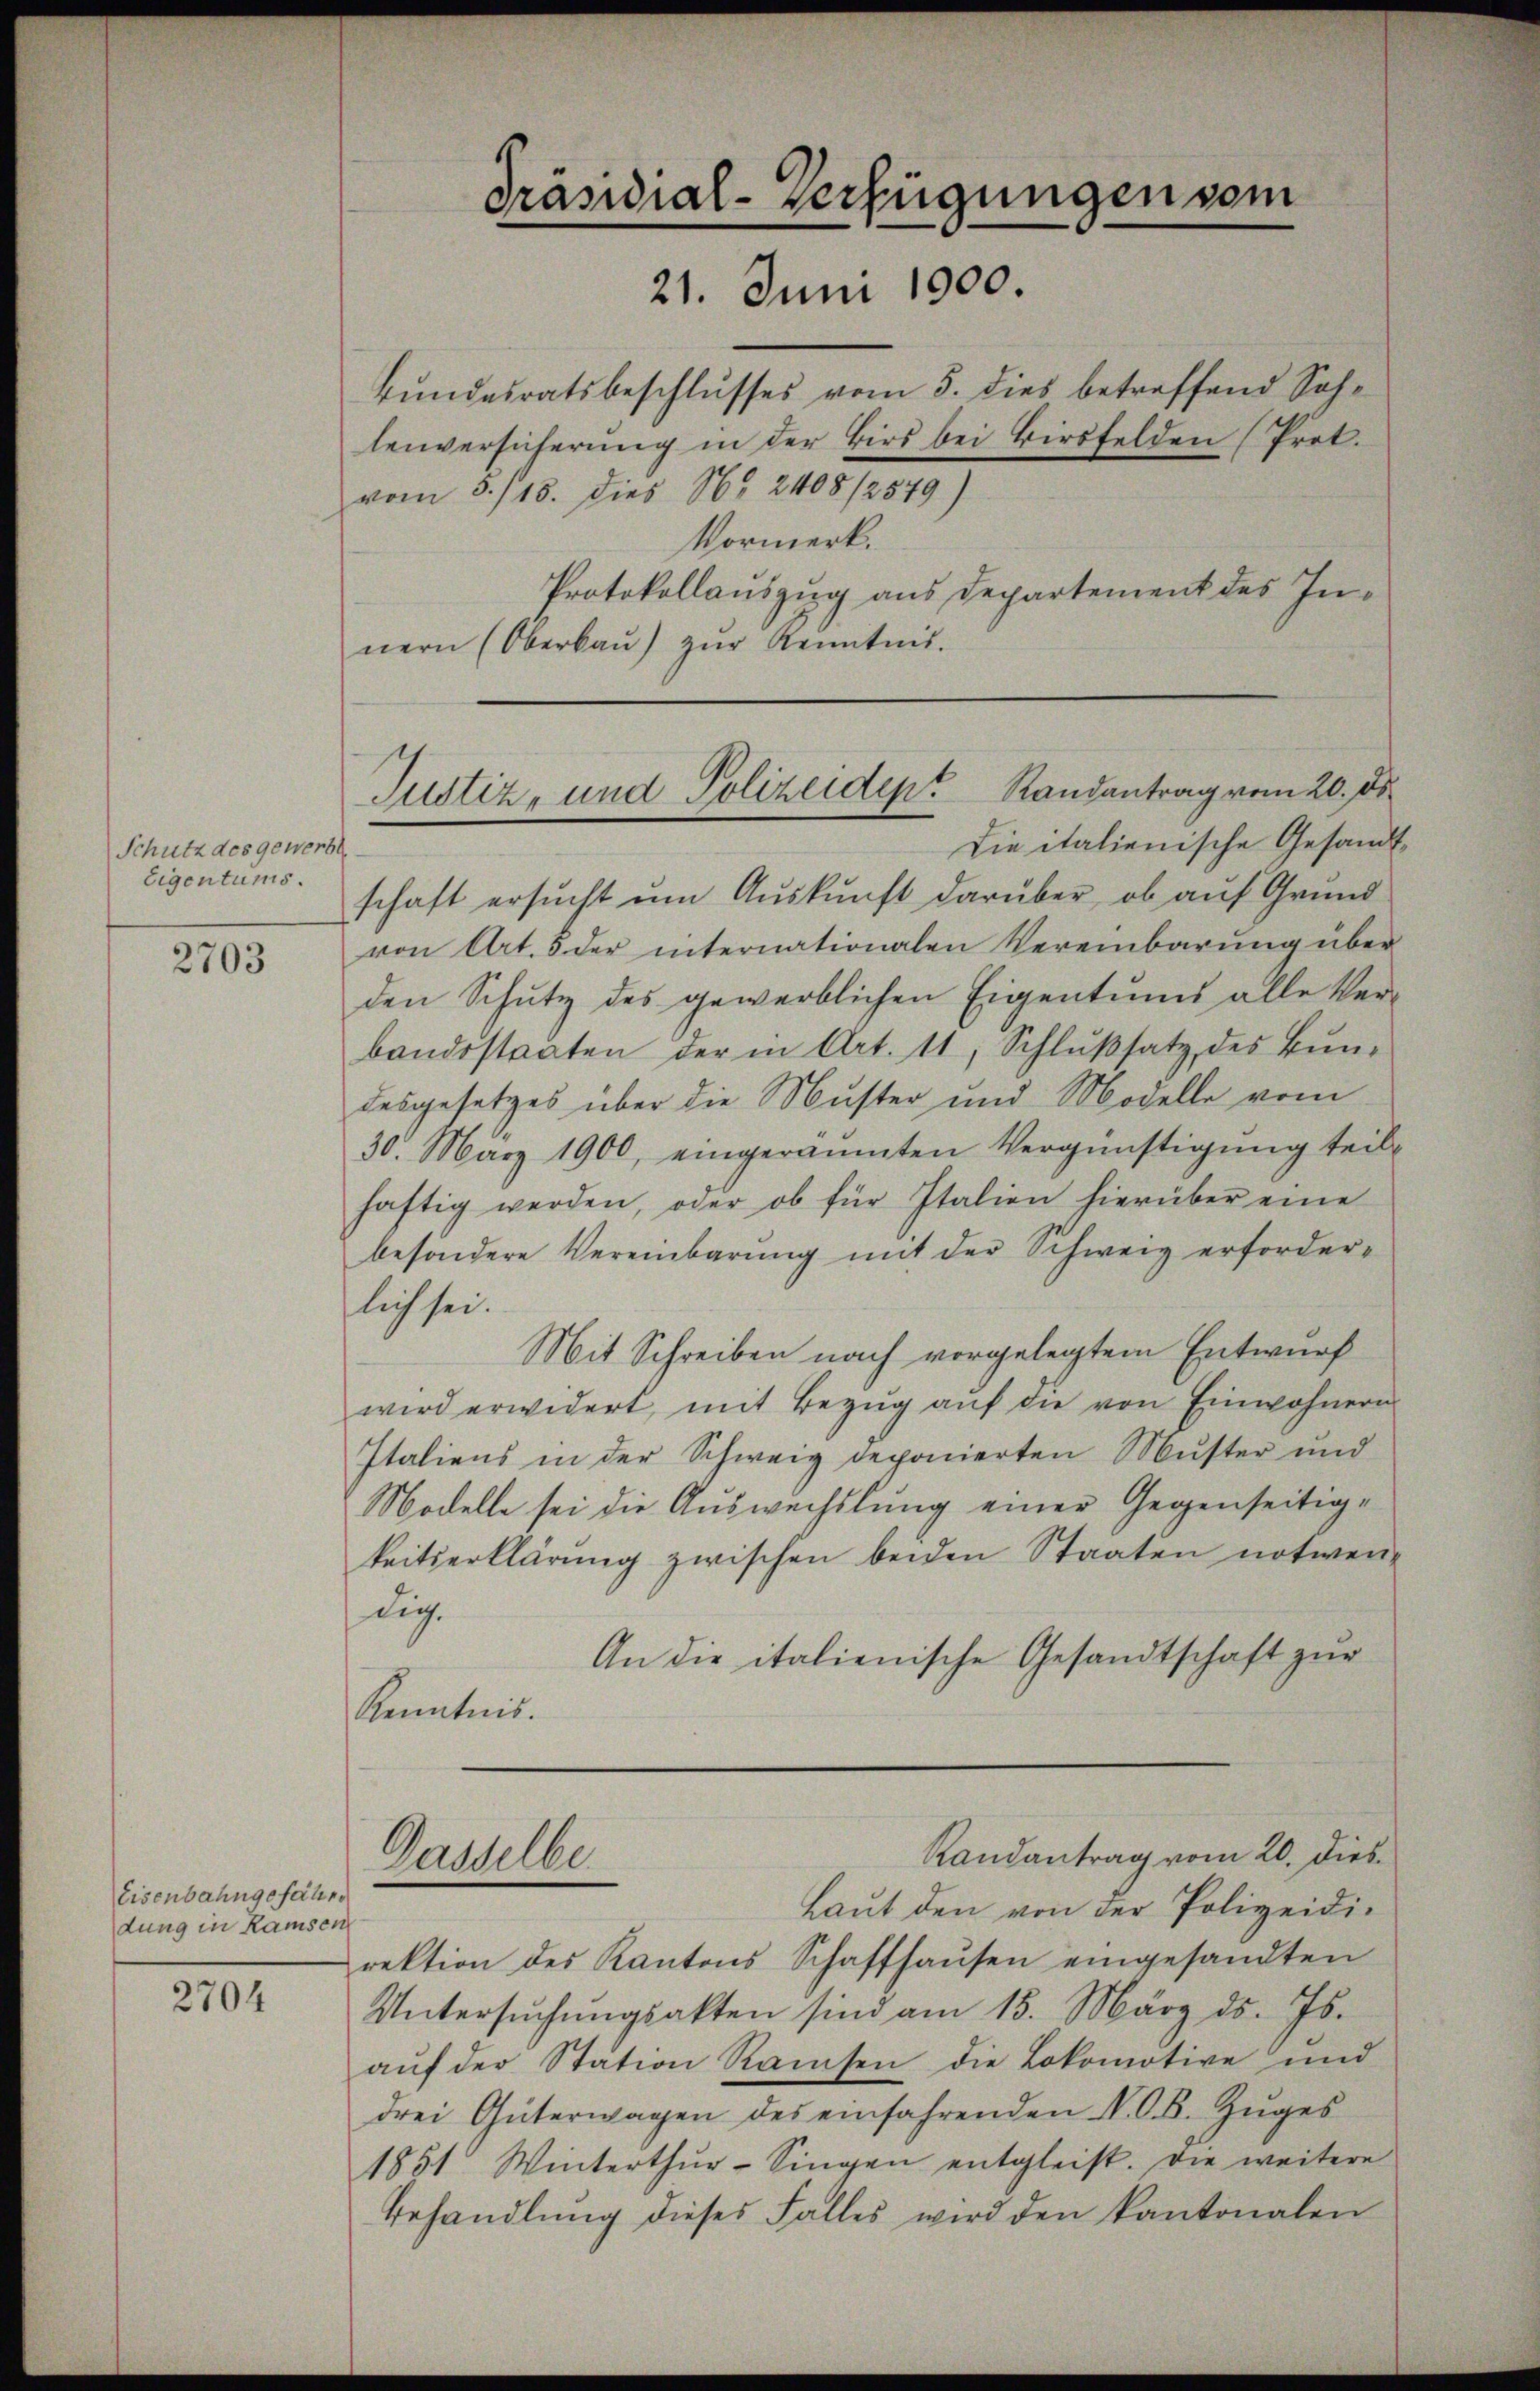
Schutz des gewerb
Eigentums.

2703

Eisenbahngefällen
dung in Ramsen

2704

Präsidial-Verfügungen vom
21. Juni 1900.

Justiz- und Polizeiden Randantrag vom 20. ds.

Bundesratsbeschlusses vom 5. dies betreffend Sohlenversicherung in der Birs bei Birsfelden (Prot.
vom 5./13. Dies No 2408/2579)
Vormerk.
Protokollauszug aus Departement des Innern (Oberbaŭ) zŭr Kenntnis.
Die italienische Gesand
schaft ersucht um Auskunft darüber, ob auf Grund
von Art. 5 der internationalen Vereinbarŭng über
den Schutz des gewerblichen Eigentums alle Ver-
bandostaaten der in Art. 11, Schlŭβsatz des Bŭn-
desgesetzes über die Muster und Modelle vom
30. März 1900, eingeräumten Vergünstigung teil
haftig werden, oder ob für Italien hierüber eine
besondere Vereinbarŭng mit der Schweiz erforderlich sei.
Mit Schreiben nach vorgelegtem Entwurf
wird erwidert, mit Bezug auf die von Einwohnern
Italiens in der Schweig deponierten Muster und
Modelle sei die Auswechslung einer Gegenseitigkeitserklärung zwischen beiden Staaten notwendieh.
An die italienische Gesandtschaft zur
Kenntnis.
Randantrag vom 20. Dies
Gasselber
Laut den von der Polizeidirektion des Kantons Schaffhaŭsen eingesandten
Untersŭchŭngsakten sind am 15. März d. Js.
aŭf der Station Ramsen die Lokomotive und
drei Güterwagen des einfahrenden N. O. B. Zŭges
1851 Winterthŭr-Singen entgleist. Die weitere
Behandlung dieses Falles wird den kantonalen